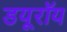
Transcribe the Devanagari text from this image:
डयूरॉय